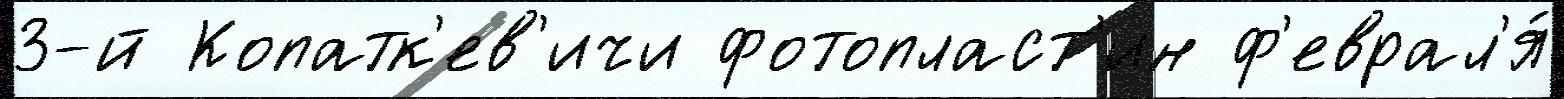
3-й Копатк'ев'ичи фотопласт'ин ф'еврал'я́